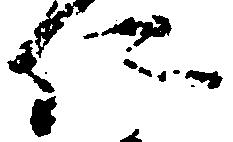
仁